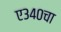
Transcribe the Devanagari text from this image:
ए३४०चा